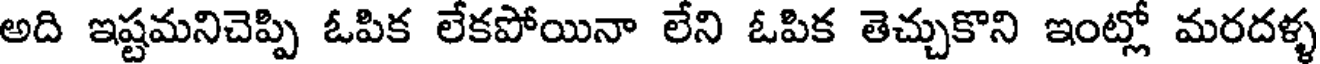
అది ఇష్టమనిచెప్పి ఓపిక లేకపోయినా లేని ఓపిక తెచ్చుకొని ఇంట్లో మరదళ్ళ